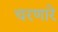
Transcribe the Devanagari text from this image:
चरणारे